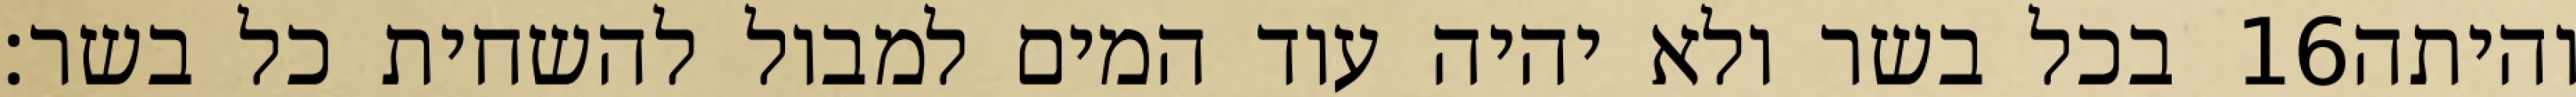
בכל בשר ולא יהיה עוד המים למבול להשחית כל בשר׃ ‎16‏ והיתה